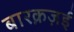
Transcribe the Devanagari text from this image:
बारक़ज़ई